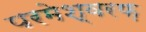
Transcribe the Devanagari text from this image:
परमेश्वरफ़